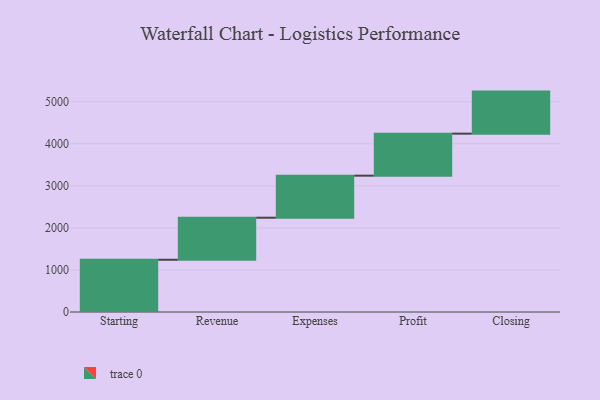
{"axis": {"x": "Step", "y": "Value"}, "legend": [""], "data": [{"x": "Starting", "y": 1243.0, "type": ""}, {"x": "Revenue", "y": 1000, "type": ""}, {"x": "Expenses", "y": 1000, "type": ""}, {"x": "Profit", "y": 1000, "type": ""}, {"x": "Closing", "y": 1000, "type": ""}]}